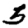
Digit: 5